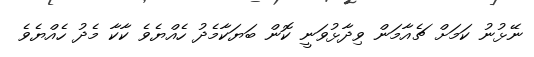
ނޭޅުނު ކަމަށް ޗެއާމަން ވިދާޅުވަނީ ކޮން ބަޔަކާމެދު ހެއްޔެވެ ކާކާ މެދު ހެއްޔެވެ